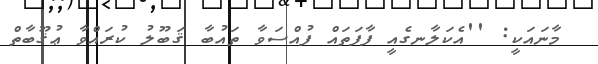
މާނައަކީ: ''އެކަލާނގެއީ ފާފަތައް ފުއްސަވާ ތައުބާ ޤަބޫލު ކުރައްވާ ޢުޤޫބާތް